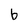
Character: b